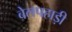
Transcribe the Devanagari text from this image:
बेलपहाड़ी